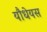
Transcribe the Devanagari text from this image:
यौधेयस